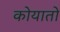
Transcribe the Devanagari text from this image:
कोयातो